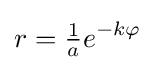
r={\tfrac {1}{a}}e^{-k\varphi }